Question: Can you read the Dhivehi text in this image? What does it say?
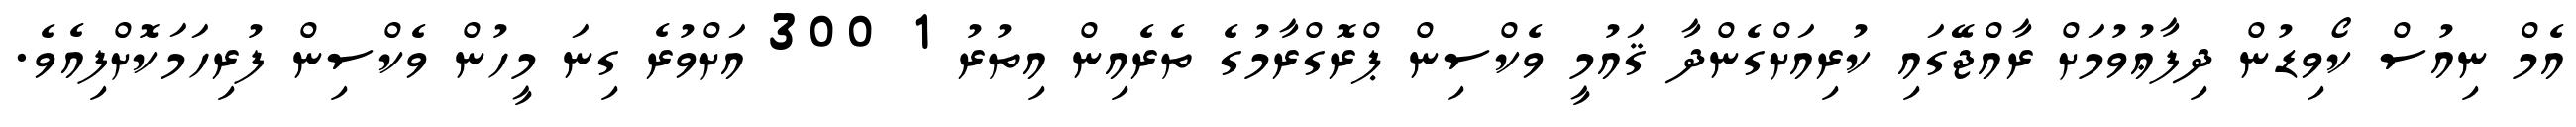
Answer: އެމް ނިއުސް ކޯވިޑުން ދިފާޢުވުމަށް ރާއްޖޭގައި ކުރިއަށްގެންދާ ޤައުމީ ވެކްސިން ޕްރޮގްރާމުގެ ތެރެއިން އިތުރު 1 300 އަށްވުރެ ގިނަ މީހުން ވެކްސިން ފުރިހަމަކޮށްފިއެވެ.